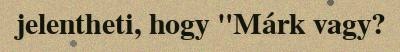
jelentheti, hogy "Márk vagy?